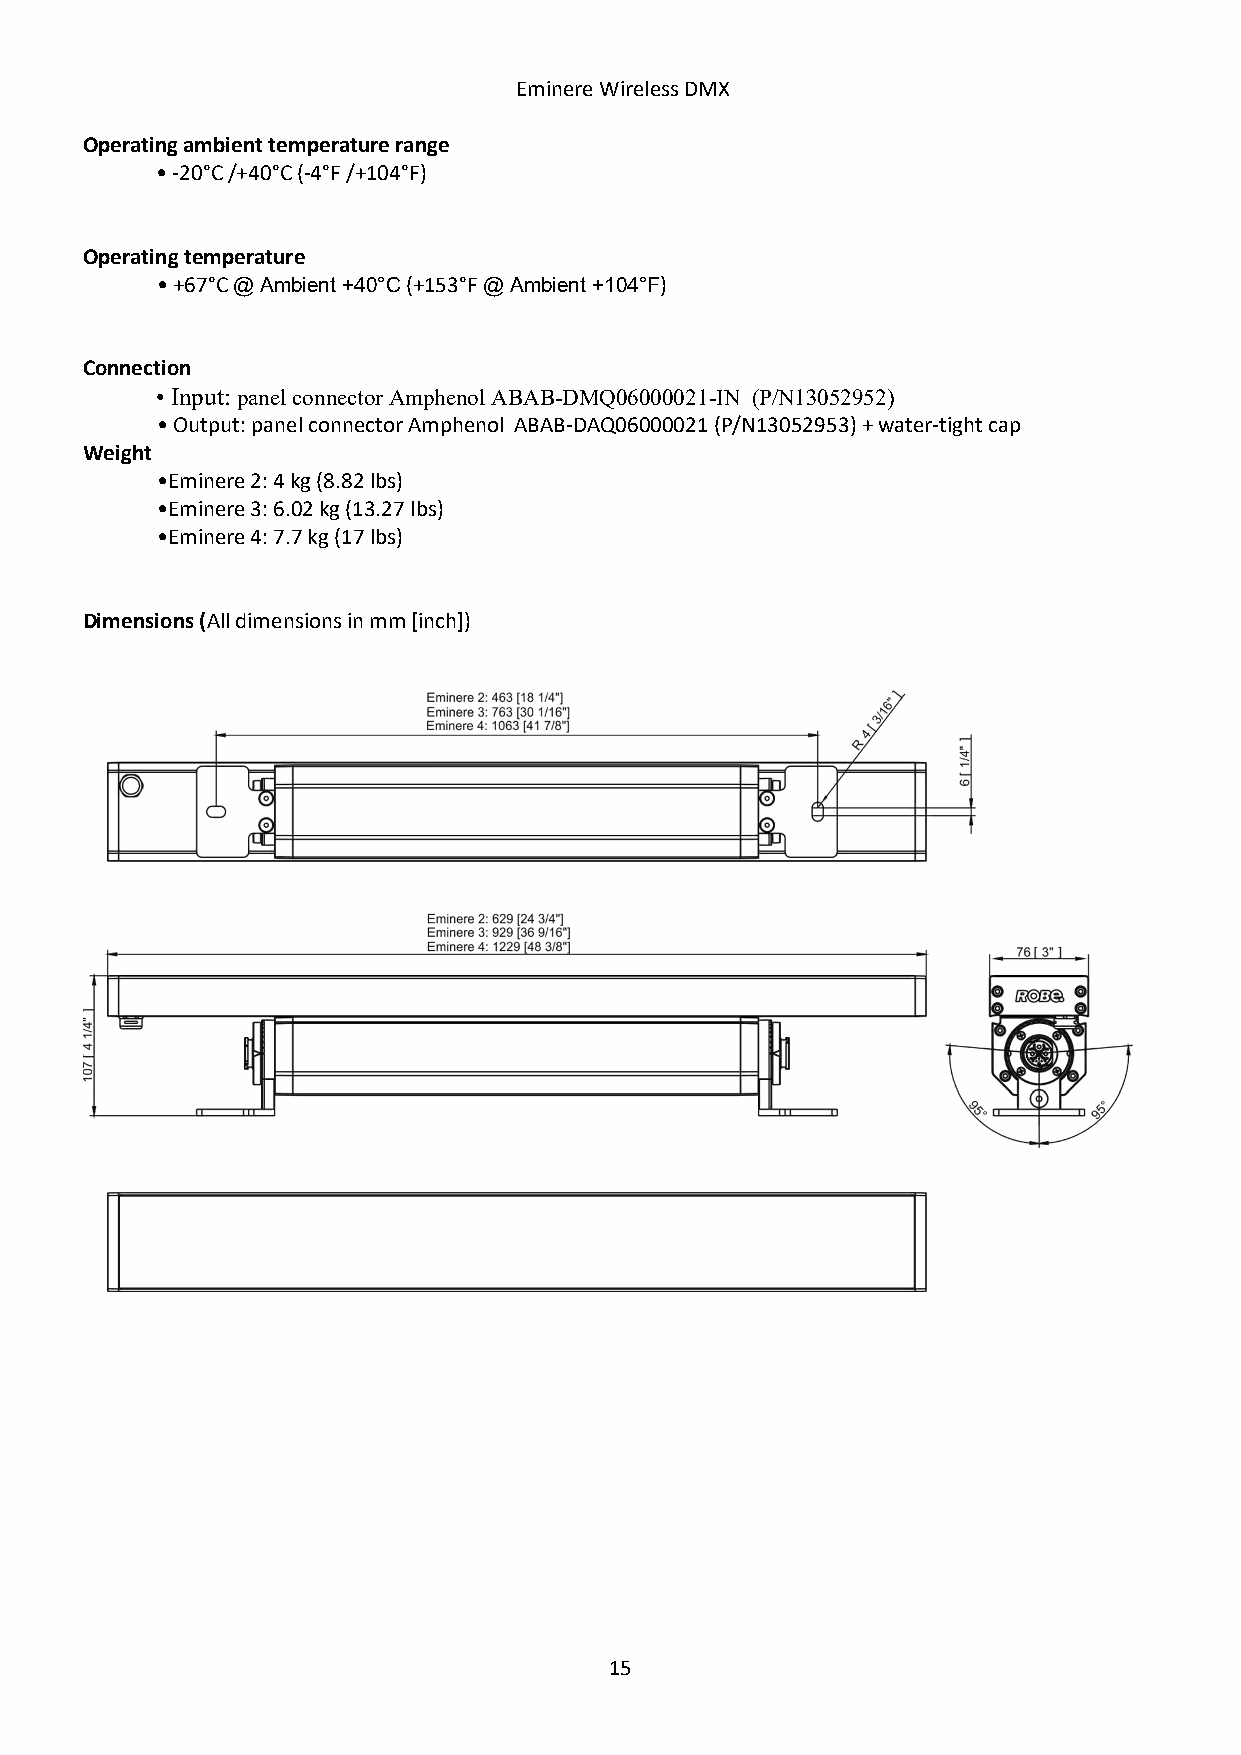
Eminere Wireless DMX
 Operating ambient temperature range
 • -20°C /+40°C (-4°F /+104°F)
 Operating temperature
 • +67°C @ Ambient +40°C (+153°F @ Ambient +104°F)
 Connection
 • Input: panel connector Amphenol ABAB-DMQ06000021-IN (P/N13052952)
 • Output: panel connector Amphenol ABAB-DAQ06000021 (P/N13052953) + water-tight cap
 Weight
 •Eminere 2: 4 kg (8.82 lbs)
 •Eminere 3: 6.02 kg (13.27 lbs)
 •Eminere 4: 7.7 kg (17 lbs)
 Dimensions (All dimensions in mm [inch])
 15